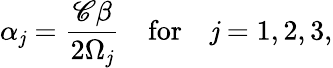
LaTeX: \alpha_{\mathit{j}}=\frac{{\mathscr{{C}}\beta}}{{2\Omega_{\mathit{j}}}}\quad\mathrm{{for}}\quad\mathit{j}=1,2,3,